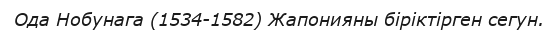
Ода Нобунага (1534-1582) Жапонияны біріктірген сегун.